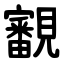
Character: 覾